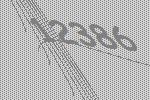
12386